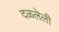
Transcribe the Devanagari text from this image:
दळलेली